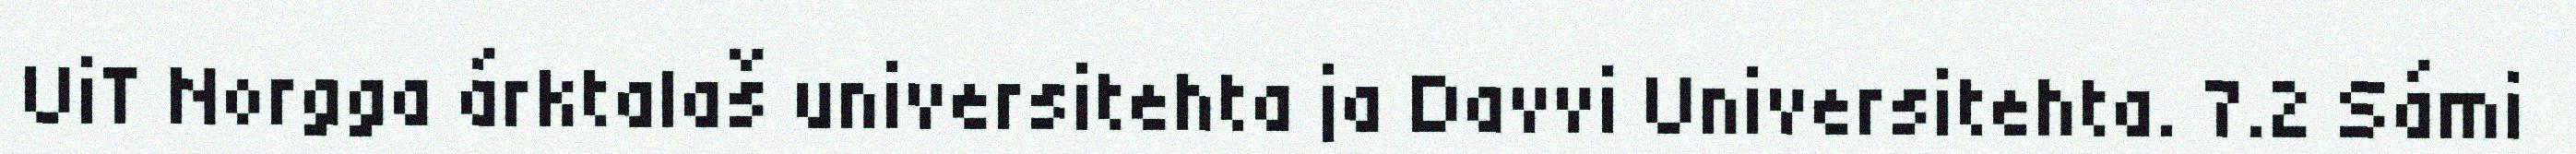
UiT Norgga árktalaš universitehta ja Davvi Universitehta. 7.2 Sámi